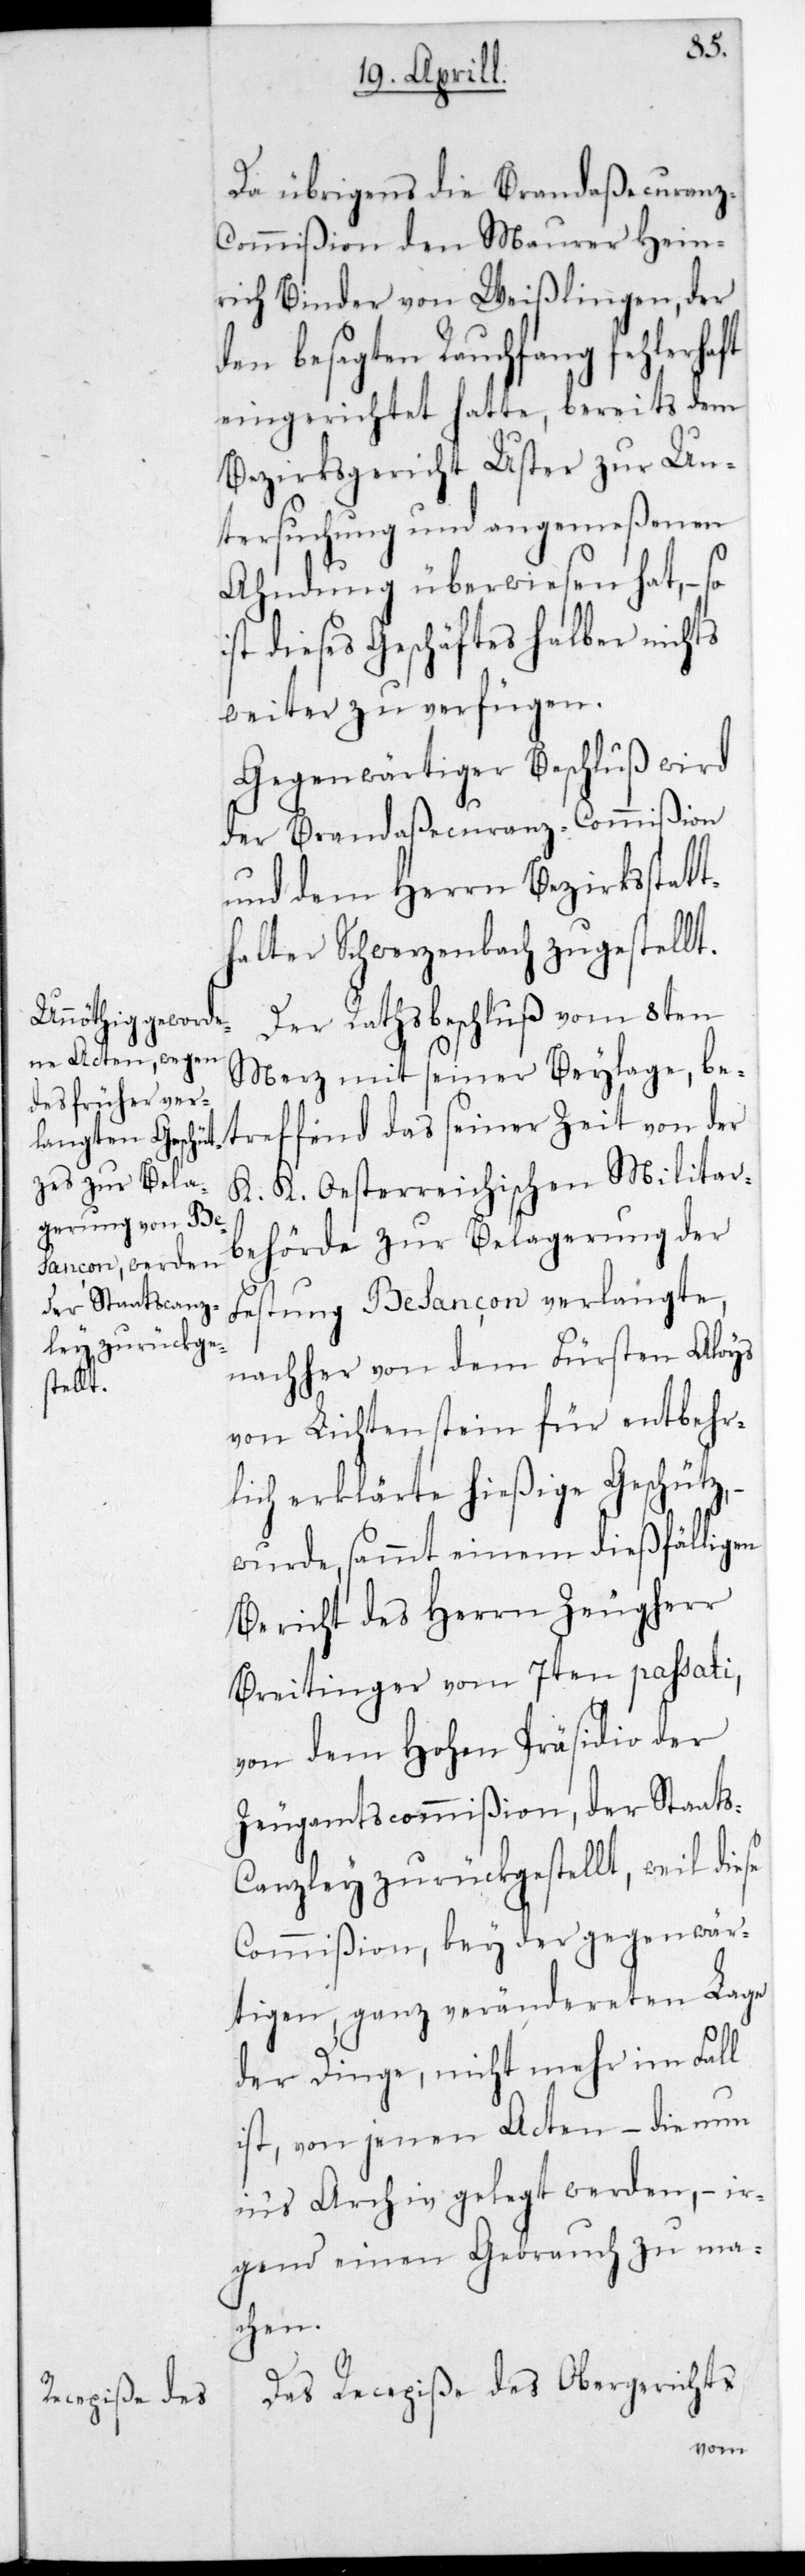
d¬
Da übrigens die Brandaßecuranz-C¬
ommißion den Maurer Hein¬
rich Binder von Weißlingen, der
en besagten Rauchfang fehlerha¬
eingerichtet hatte, bereits dem
Bezirksgericht Uster zur Un¬
tersuchung und angemeßenen
Ahndung überwiesen hat, – so
ist dieses Geschäftes halber nichts
weiter zu verfügen.
Gegenwärtiger Beschluß wird
der Brandaßecuranz-Commißion
und dem Herrn Bezirksstatt¬
halter Schwerzenbach zugestellt.
Der Rathsbeschluß vom 8ten
Merz mit seiner Beylage, be¬
treffend das seiner Zeit von der
K. K. Oesterreichischen Militär¬
behörde zur Belagerung der
Festung Besançon verlangte,
nachher von dem Fürsten Aloys
von Lichtenstein für entbehr¬
lich erklärte hießige Geschütz,
wurde samt einem dießfälligen
Bericht des Herrn Zeugherr
Breitinger vom 7ten passati,
von dem Hohen Präsidio der
Zeugamtscommißion, der Staats¬
canzley zurückgestellt, weil diese
Commißion, bey der gegenwär¬
tigen ganz verändereten Lage
der Dinge, nicht mehr im Fall
ist, von jenen Acten, – die nun
ins Archiv gelegt werden, ir¬
gend einen Gebrauch zu ma¬
chen.
Das Recepiße des Obergerichts
ft